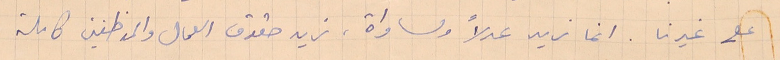
على غيرنا. انما نريد عدلاً ومساواة ، نريد حقوق العمال والموظفين كاملة